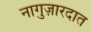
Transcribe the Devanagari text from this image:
नागुज़ारदात